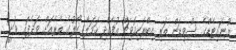
ޔުނައިޓެޑްގެ ސްވިޑަން ތަރި އިބްރަހިމޮވިޗް އުފެއްދި ހަމަލާ ގޯލުގެ ތެރެއަށް ވަދެފައި ވަނީ